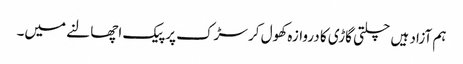
ہم آزاد ہیں چلتی گاڑی کا دروازہ کھول کر سڑک پر پیک اچھالنے میں۔